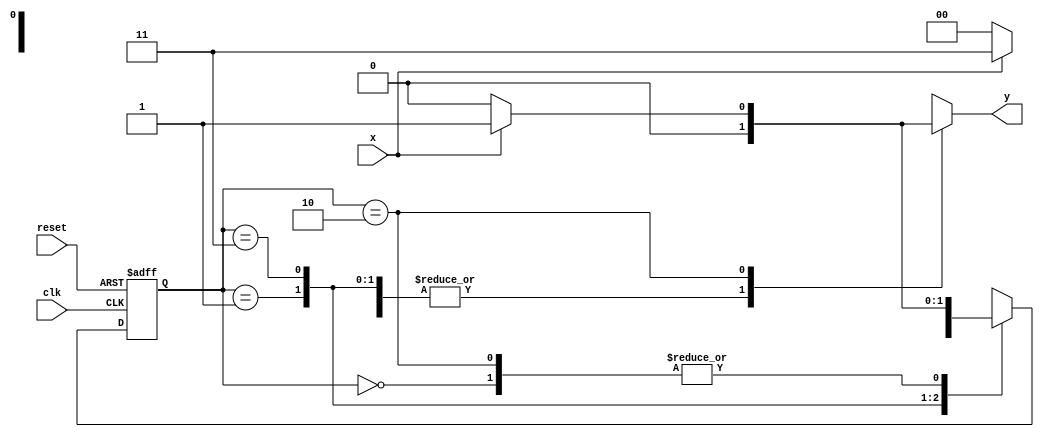
// ------------------------- 
// Exemplo0051
// Nome: Eduardo Manoel de Paula Junior
// ------------------------- 
// -------------------- 
// --- Mealy-Moore FSM 
// -------------------- 
// 
//`include "mealy1101.v" 
// -------------- 
// --- Mealy FSM 
// -------------- 
// constant definitions 
	`define found 1 
	`define notfound 0 
// FSM by Mealy 
module mealy1101 ( y, x, clk, reset ); 
	output y; 
	input x; 
	input clk; 
	input reset; 
	reg y; 
	
	parameter // state identifiers 
		start = 2'b00, 
		id1 = 2'b01, 
		id11 = 2'b11, 
		id110 = 2'b10; 
		reg [1:0] E1; // current state variables 
		reg [1:0] E2; // next state logic output 
	// next state logic 
	always @( x or E1 ) 
		begin 
		y = `notfound; 
		case ( E1 ) 
			start: 
			if ( x ) 
				E2 = id1; 
			else 
				E2 = start; 
			
			id1: 
			if ( x ) 
				E2 = id11; 
			else 
				E2 = start; 
			
			id11: 
			if ( x ) 
				E2 = id11; 
			else 
				E2 = id110; 
			
			id110: 
			if ( x ) 
			begin 
				E2 = id1; 
				y = `found; 
			end 
			else 
			begin 
				E2 = start; 
				y = `notfound; 
			end 
			
			default: // undefined state 
				E2 = 2'bxx; 
		
		endcase 
	end // always at signal or state changing 
	
	// state variables 
	always @( posedge clk or negedge reset ) 
		begin 
		if ( reset ) 
		E1 = E2; // updates current state 
		else 
		E1 = 0; // reset 
	end // always at signal changing 
endmodule // mealy1101 

//`include "moore1101.v" 
// -------------- 
// --- Moore FSM 
// -------------- 

// constant definition 
	`define found 1 
	`define notfound 0 
// FSM by Moore 
module moore1101 ( y, x, clk, reset ); 
	output y; 
	input x; 
	input clk; 
	input reset; 
	reg y; 
	
	parameter // state identifiers 
		start = 3'b000, 
		id1 = 3'b001, 
		id11 = 3'b011, 
		id110 = 3'b010, 
		id1101 = 3'b110; // signal found 
		reg [2:0] E1; // current state variables 
		reg [2:0] E2; // next state logic output 
	// next state logic 
	always @( x or E1 ) 
		begin 
		case( E1 ) 
		start: 
			if ( x ) 
				E2 = id1; 
			else 
				E2 = start; 
		
		id1: 
			if ( x ) 
				E2 = id11; 
			else 
				E2 = start; 
		
		id11: 
			if ( x ) 
				E2 = id11; 
			else 
				E2 = id110; 
		
		id110: 
			if ( x ) 
				E2 = id1101; 
			else 
				E2 = start; 
		
		id1101: 
			if ( x ) 
				E2 = id11; 
			else 
				E2 = start; 
		
		default: // undefined statee 
			E2 = 3'bxxx; 
		
		endcase 
	end // always at signal or state changing 
	
	// state variables 	
	always @( posedge clk or negedge reset ) 
	begin 
		if ( reset ) 
		E1 = E2; // updates current state 
		else 
		E1 = 0; // reset 
	end // always at signal changing 
	
	// output logic 
	always @( E1 ) 
	begin 
		y = E1[2]; // first bit of state value 
	end // always at state changing 
endmodule // moore1101 

//---------------
// -- Exemplo0051
//---------------
module Exemplo0051; 
	reg clk, reset, x; 
	wire m1, m2; 
	
	mealy1101 mealy1 ( m1, x, clk, reset ); 
	moore1101 moore1 ( m2, x, clk, reset ); 
	
	initial begin 
		$display ( "Time X Mealy Moore" ); 
		// initial values 
		clk = 1; 
		reset = 0; 
		x = 0; 
		// input signal changing 
		#5 reset = 1; 
		#10 x = 1; 
		#10 x = 0; 
		#10 x = 1; 
		#20 x = 0; 
		#10 x = 1; 
		#10 x = 1; 
		#10 x = 0; 
		#10 x = 1; 
		#30 $finish; 
	end // initial 
	
	always 
	#5 clk = ~clk; 
	
	always @( posedge clk ) 
	begin 
		$display ( "%4d %4b %4b %5b", $time, x, m1, m2 ); 
	end // always at positive edge clocking changing 
endmodule // Exemplo0051